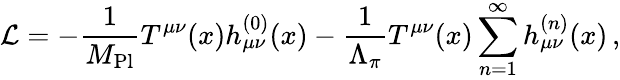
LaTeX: {\mathcal L}=-\frac{1}{M_{\mathrm{Pl}}}T^{\mu\nu}(x)h_{\mu\nu}^{(0)}(x)-\frac{1}{\Lambda_{\pi}}T^{\mu\nu}(x)\sum_{n=1}^{\infty}h_{\mu\nu}^{(n)}(x)\, ,